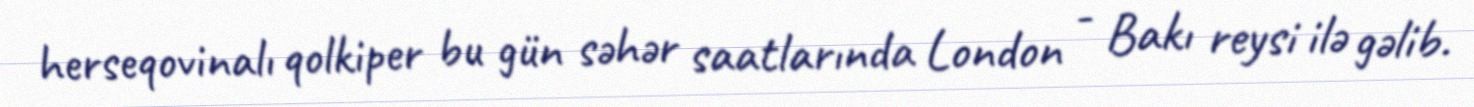
herseqovinalı qolkiper bu gün səhər saatlarında London - Bakı reysi ilə gəlib.